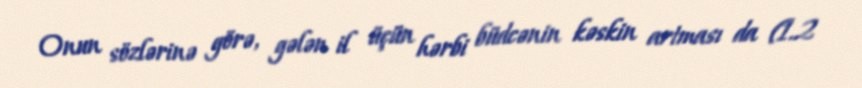
Onun sözlərinə görə, gələn il üçün hərbi büdcənin kəskin artması da (1.2